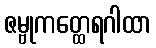
ဇမ္ဗုကတ္ထေရဂါထာ